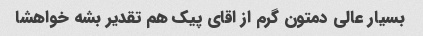
بسیار عالی دمتون گرم از اقای پیک هم تقدیر بشه خواهشا